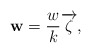
\begin{align*}\mathbf{w}=\frac{w}{k}\overrightarrow{\zeta},\end{align*}